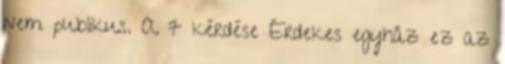
nem publikus. A 7 kérdése Érdekes egyház ez az